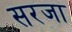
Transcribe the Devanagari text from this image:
सरजा